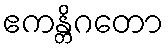
ဧကန္တိဂတော